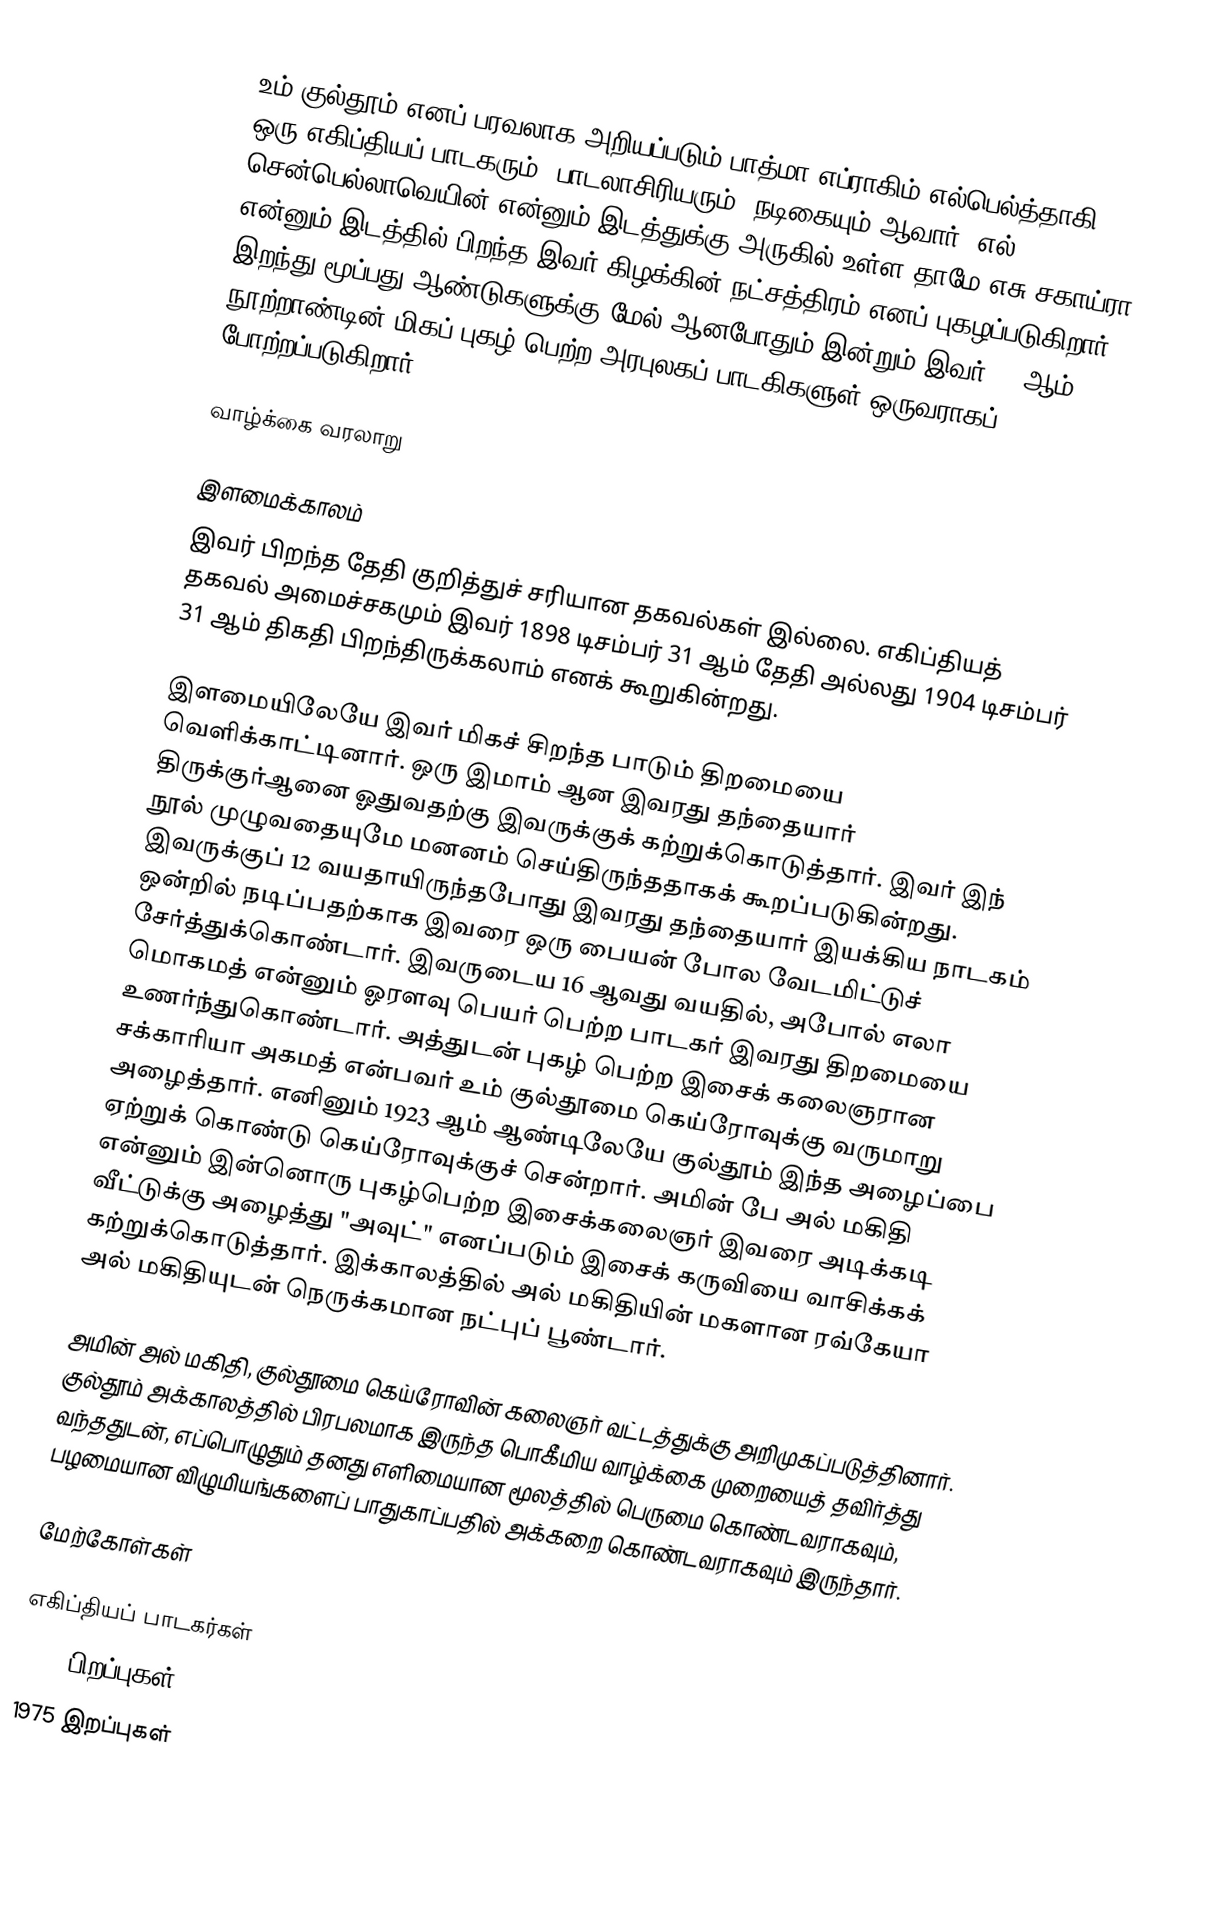
உம் குல்தூம் எனப் பரவலாக அறியப்படும் பாத்மா எப்ராகிம் எல்பெல்த்தாகி ஒரு எகிப்தியப் பாடகரும், பாடலாசிரியரும், நடிகையும் ஆவார். எல் சென்பெல்லாவெயின் என்னும் இடத்துக்கு அருகில் உள்ள தாமே எசு சகாய்ரா என்னும் இடத்தில் பிறந்த இவர் கிழக்கின் நட்சத்திரம் எனப் புகழப்படுகிறார். இறந்து மூப்பது ஆண்டுகளுக்கு மேல் ஆனபோதும் இன்றும் இவர் 20 ஆம் நூற்றாண்டின் மிகப் புகழ் பெற்ற அரபுலகப் பாடகிகளுள் ஒருவராகப் போற்றப்படுகிறார்.

வாழ்க்கை வரலாறு

இளமைக்காலம்
இவர் பிறந்த தேதி குறித்துச் சரியான தகவல்கள் இல்லை. எகிப்தியத் தகவல் அமைச்சகமும் இவர் 1898 டிசம்பர் 31 ஆம் தேதி அல்லது 1904 டிசம்பர் 31 ஆம் திகதி பிறந்திருக்கலாம் எனக் கூறுகின்றது.

இளமையிலேயே இவர் மிகச் சிறந்த பாடும் திறமையை வெளிக்காட்டினார். ஒரு இமாம் ஆன இவரது தந்தையார் திருக்குர்ஆனை ஓதுவதற்கு இவருக்குக் கற்றுக்கொடுத்தார். இவர் இந் நூல் முழுவதையுமே மனனம் செய்திருந்ததாகக் கூறப்படுகின்றது. இவருக்குப் 12 வயதாயிருந்தபோது இவரது தந்தையார் இயக்கிய நாடகம் ஒன்றில் நடிப்பதற்காக இவரை ஒரு பையன் போல வேடமிட்டுச் சேர்த்துக்கொண்டார். இவருடைய 16 ஆவது வயதில், அபோல் எலா மொகமத் என்னும் ஓரளவு பெயர் பெற்ற பாடகர் இவரது திறமையை உணர்ந்துகொண்டார். அத்துடன் புகழ் பெற்ற இசைக் கலைஞரான சக்காரியா அகமத் என்பவர் உம் குல்தூமை கெய்ரோவுக்கு வருமாறு அழைத்தார். எனினும் 1923 ஆம் ஆண்டிலேயே குல்தூம் இந்த அழைப்பை ஏற்றுக் கொண்டு கெய்ரோவுக்குச் சென்றார். அமின் பே அல் மகிதி என்னும் இன்னொரு புகழ்பெற்ற இசைக்கலைஞர் இவரை அடிக்கடி வீட்டுக்கு அழைத்து "அவுட்" எனப்படும் இசைக் கருவியை வாசிக்கக் கற்றுக்கொடுத்தார். இக்காலத்தில் அல் மகிதியின் மகளான ரவ்கேயா அல் மகிதியுடன் நெருக்கமான நட்புப் பூண்டார்.

அமின் அல் மகிதி, குல்தூமை கெய்ரோவின் கலைஞர் வட்டத்துக்கு அறிமுகப்படுத்தினார். குல்தூம் அக்காலத்தில் பிரபலமாக இருந்த பொகீமிய வாழ்க்கை முறையைத் தவிர்த்து வந்ததுடன், எப்பொழுதும் தனது எளிமையான மூலத்தில் பெருமை கொண்டவராகவும், பழமையான விழுமியங்களைப் பாதுகாப்பதில் அக்கறை கொண்டவராகவும் இருந்தார்.

மேற்கோள்கள்

எகிப்தியப் பாடகர்கள்
1898 பிறப்புகள்
1975 இறப்புகள்